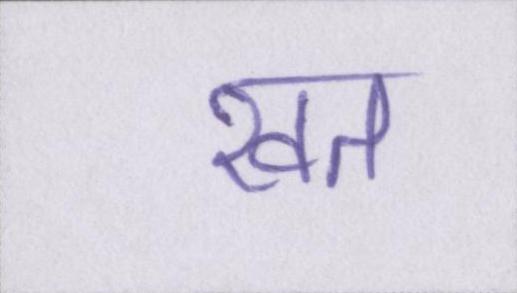
खत